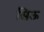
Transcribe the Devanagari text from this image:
सिऊ